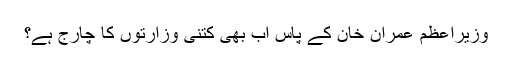
وزیراعظم عمران خان کے پاس اب بھی کتنی وزارتوں کا چارج ہے؟